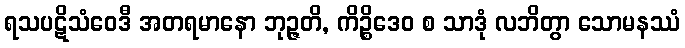
ရသပဋိသံဝေဒီ အတရမာနော ဘုဉ္ဇတိ, ကိဉ္စိဒေဝ စ သာဒုံ လဘိတွာ သောမနဿံ